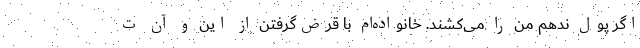
اگر پول ندهم من را می‌کشند. خانواده‌ام با قرض‌گرفتن از این و آن ت